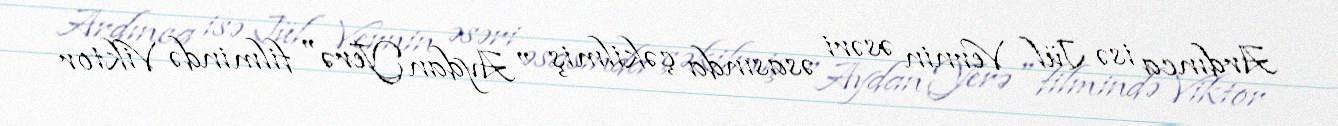
Ardınca isə Jül Vernin əsəri əsasında çəkilmiş "Aydan Yerə" filmində Viktor